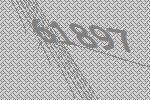
61897